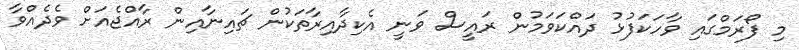
މި ފޯރަމްގައި ވާހަކަފުޅު ދައްކަވަމުން ރައީސް ވަނީ އެކިދާއިރާތަކުން ޗައިނާއިން ރާއްޖެއަށް ވެދެއްވާ